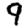
Digit: 9